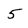
Character: 5